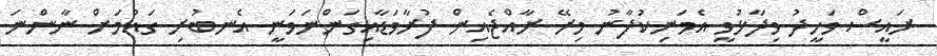
ރައީސް ވަހީދު ވިދާޅުވީ އެމަނިކުފާނު މިރޭ ރާއްޖެއިން ފުރާވަޑާއިގަންނަވަނީ އެނބުރި ގައުމަށް ނާންނަ